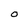
Character: O